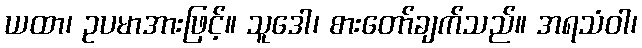
ယထာ၊ ဥပမာအားဖြင့်။ သူဒေါ၊ စားတော်ချက်သည်။ အရသံဝါ၊